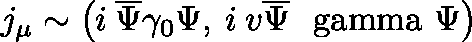
j _ { \mu } \sim \left( i \: \overline { { { \Psi } } } \gamma _ { 0 } \Psi , \: i \: v \overline { { { \Psi } } } \mathrm { \boldmath ~ \ g a m m a ~ } \Psi \right)